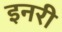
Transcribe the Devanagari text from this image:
इनरी